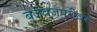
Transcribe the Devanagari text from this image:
बजबजपुरीवर